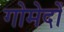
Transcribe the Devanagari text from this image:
गोमेदों